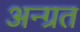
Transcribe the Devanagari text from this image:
अन्ग्रत